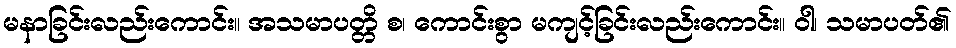
မနာခြင်းလည်းကောင်း။ အသမာပတ္တိ စ၊ ကောင်းစွာ မကျင့်ခြင်းလည်းကောင်း။ ဝါ၊ သမာပတ်၏